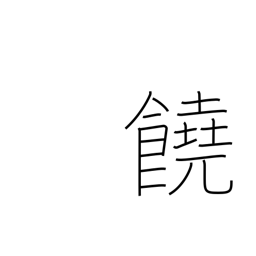
Meaning: abundant